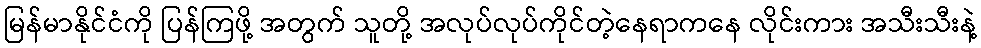
မြန်မာနိုင်ငံကို ပြန်ကြဖို့ အတွက် သူတို့ အလုပ်လုပ်ကိုင်တဲ့နေရာကနေ လိုင်းကား အသီးသီးနဲ့